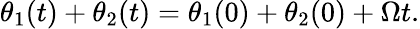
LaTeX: \theta_{1}(t)+\theta_{2}(t)=\theta_{1}(0)+\theta_{2}(0)+\Omega t.